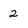
Character: 2